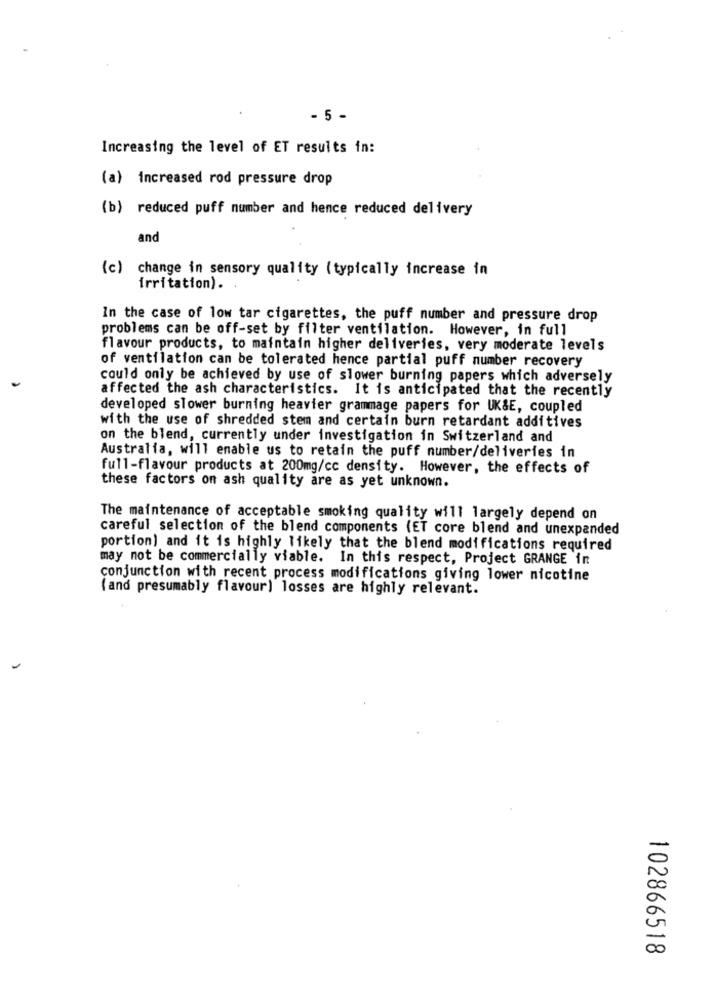
- 5 -
Increasing the level of ET results in:
(a) increased rod pressure drop
(b) reduced puff number and hence reduced delivery
and
(c) change in sensory quality ( typically increase in
irritation).
In the case of low tar cigarettes, the puff number and pressure drop
problems can be off-set by filter ventilation. However, in full
flavour products, to maintain higher deliveries, very moderate levels
of ventilation can be tolerated hence partial puff number recovery
could only be achieved by use of slower burning papers which adversely
affected the ash characteristics. It is anticipated that the recently
developed slower burning heavier grammage papers for UK&E, coupled
with the use of shredded stem and certain burn retardant additives
on the blend, currently under investigation in Switzerland and
Australia, will enable us to retain the puff number/deliveries in
full-flavour products at 200mg/cc density. However, the effects of
these factors on ash quality are as yet unknown.
The maintenance of acceptable smoking quality will largely depend on
careful selection of the blend components (ET core blend and unexpanded
portion) and it is highly likely that the blend modifications required
may not be commercially viable. In this respect, Project GRANGE in
conjunction with recent process modifications giving lower nicotine
(and presumably flavour) losses are highly relevant.
102866518